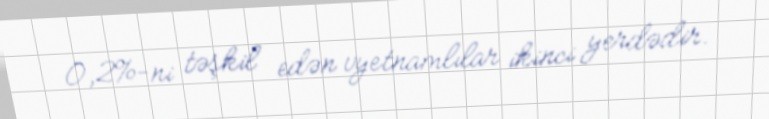
0,2%-ni təşkil edən vyetnamlılar ikinci yerdədir.